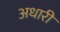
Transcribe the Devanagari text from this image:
अधारी